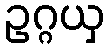
ဥဂ္ဂယှ